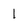
Character: l